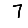
Digit: 7